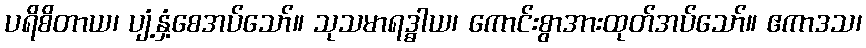
ပရိစိတာယ၊ ပျံ့နှံ့စေအပ်သော်။ သုသမာရဒ္ဓါယ၊ ကောင်းစွာအားထုတ်အပ်သော်။ ဧကာဒသ၊